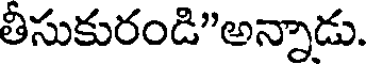
తీసుకురండి"అన్నాడు.